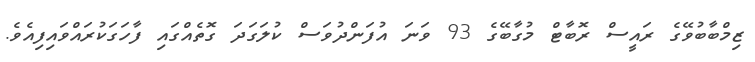
ޒިމްބާބުވޭގެ ރައީސް ރޮބާޓް މުގާބޭގެ 93 ވަނަ އުފަންދުވަސް ކުލަގަދަ ގޮތެއްގައި ފާހަގަކުރައްވައިފިއެވެ.